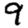
Digit: 9